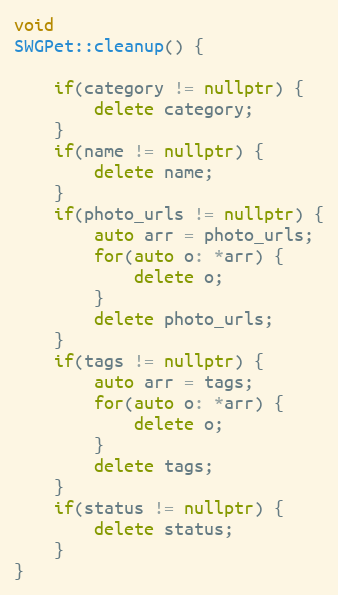
Language: C++
void
SWGPet::cleanup() {

    if(category != nullptr) {
        delete category;
    }
    if(name != nullptr) {
        delete name;
    }
    if(photo_urls != nullptr) {
        auto arr = photo_urls;
        for(auto o: *arr) {
            delete o;
        }
        delete photo_urls;
    }
    if(tags != nullptr) {
        auto arr = tags;
        for(auto o: *arr) {
            delete o;
        }
        delete tags;
    }
    if(status != nullptr) {
        delete status;
    }
}